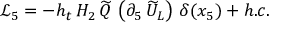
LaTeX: \mathcal { L } _ { 5 } = - h _ { t } \, H _ { 2 } \, \widetilde { Q } \, \left( \partial _ { 5 } \, \widetilde { U } _ { L } \right) \, \delta ( x _ { 5 } ) + h . c .